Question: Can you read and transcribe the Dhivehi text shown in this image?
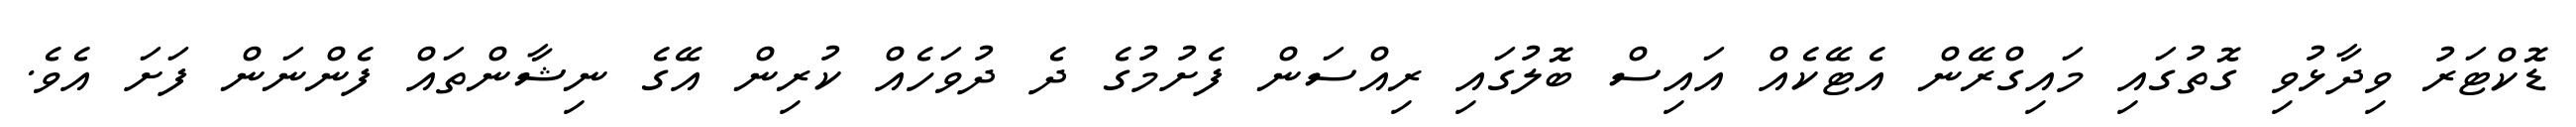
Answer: ޑޮކްޓަރު ވިދާޅުވި ގޮތުގައި މައިގްރޭން އެޓޭކެއް އައިސް ބޮލުގައި ރިއްސަން ފެށުމުގެ ދެ ދުވަހެއް ކުރިން އޭގެ ނިޝާންތައް ފެންނަން ފަށަ އެވެ.